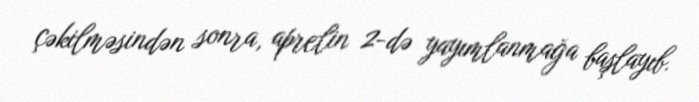
çəkilməsindən sonra, aprelin 2-də yayımlanmağa başlayıb.